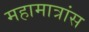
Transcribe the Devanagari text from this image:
महामात्रांस